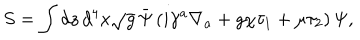
S = \int d z \, d ^ { 4 } x \sqrt { g } \, \bar { \Psi } \left( i \gamma ^ { a } \nabla _ { a } + g \chi \tau _ { 1 } + \mu \tau _ { 2 } \right) \Psi ,